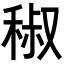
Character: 𥟧